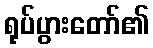
ရုပ်ပွားတော်၏